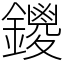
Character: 鑁